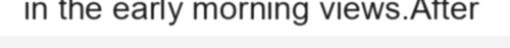
in the early morning views.After